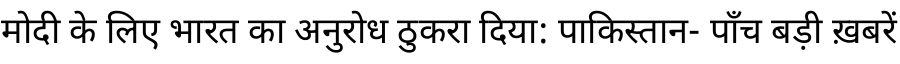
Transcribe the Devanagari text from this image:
मोदी के लिए भारत का अनुरोध ठुकरा दिया: पाकिस्तान- पाँच बड़ी ख़बरें